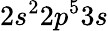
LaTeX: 2s^{2}2p^{5}3s